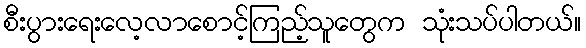
စီးပွားရေးလေ့လာစောင့်ကြည့်သူတွေက သုံးသပ်ပါတယ်။